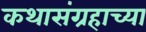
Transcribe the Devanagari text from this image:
कथासंग्रहाच्या